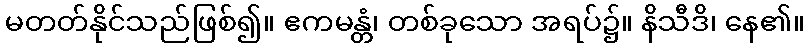
မတတ်နိုင်သည်ဖြစ်၍။ ဧကမန္တံ၊ တစ်ခုသော အရပ်၌။ နိသီဒိ၊ နေ၏။